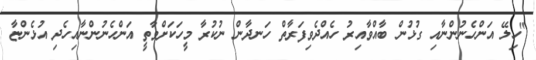
"ހިލޭ އަންހެނުންނާއި ގުޅުން ބާއްވާއިރު ހެއްދެވިފަރާތް ހަނދާން ނުކުރާ މީހަކަށްވާތީ އަންހެނުންނާއިހެދި އުޅެންޏާ